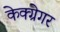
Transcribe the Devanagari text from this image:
केक्ग्रेगर